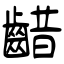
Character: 齰